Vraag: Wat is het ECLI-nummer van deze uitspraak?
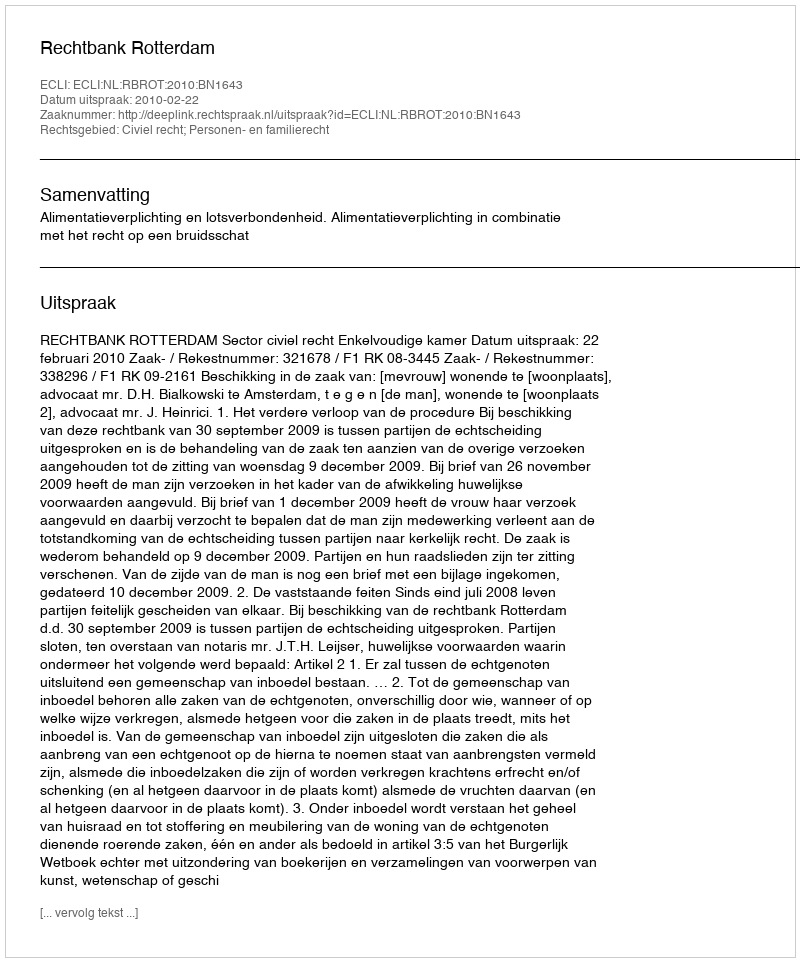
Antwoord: ECLI:NL:RBROT:2010:BN1643